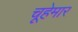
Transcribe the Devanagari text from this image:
चूहेमार